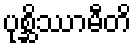
ပုစ္ဆိဿာမီတိ